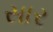
સાર